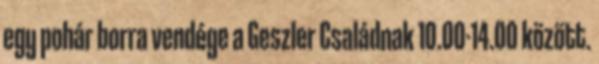
egy pohár borra vendége a Geszler Családnak 10.00-14.00 között.